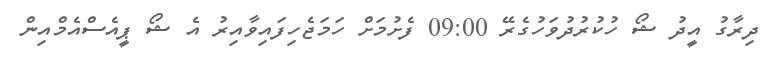
ދިރާގު އީދު ޝޯ ހުކުރުދުވަހުގެރޭ 09:00 ފެށުމަށް ހަމަޖެހިފައިވާއިރު އެ ޝޯ ޕީއެސްއެމްއިން